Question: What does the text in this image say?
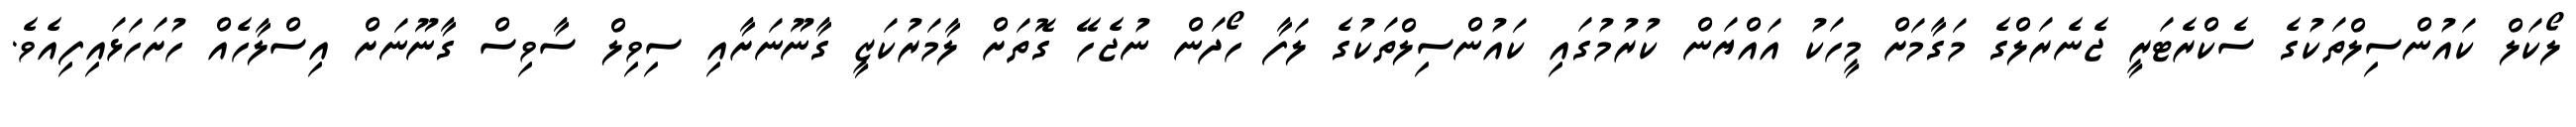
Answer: ލޯކަލް ކައުންސިލްތަކުގެ ސެކްރެޓަރީ ޖެނެރަލްގެ މަގާމަށް މީހަކު އައްޔަން ކުރުމުގައި ކައުންސިލްތަކުގެ ލަފާ ހޯދަން ނުޖެހޭ ގޮތަށް ލާމަރުކަޒީ ގާނޫނަށާއި ސިވިލް ސާވިސް ގާނޫނަށް އިސްލާހެއް ހުށަހަޅައިފިއެވެ.